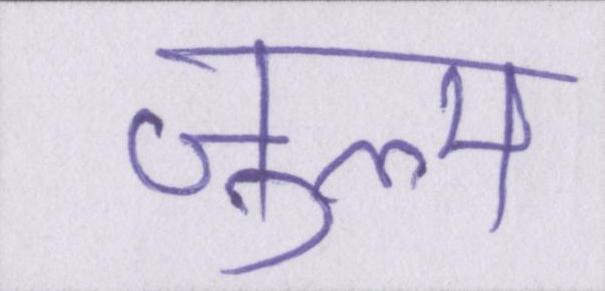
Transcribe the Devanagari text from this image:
ज़ुल्म